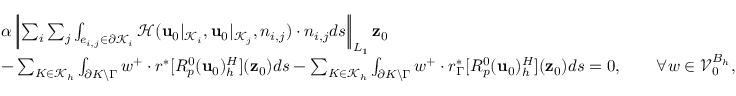
\begin{array} { r l } & { \alpha \left| \! \left| \sum _ { i } \sum _ { j } \int _ { e _ { i , j } \in \partial \mathcal { K } _ { i } } \mathcal { H } ( \mathbf { u } _ { 0 } | _ { \mathcal { K } _ { i } } , \mathbf { u } _ { 0 } | _ { \mathcal { K } _ { j } } , n _ { i , j } ) \cdot n _ { i , j } d s \right| \! \right| _ { L _ { 1 } } \mathbf { z } _ { 0 } } \\ & { - \sum _ { K \in \mathcal { K } _ { h } } \int _ { \partial K \backslash \Gamma } w ^ { + } \cdot r ^ { * } [ R _ { p } ^ { 0 } ( \mathbf { u } _ { 0 } ) _ { h } ^ { H } ] ( \mathbf { z } _ { 0 } ) d s - \sum _ { K \in \mathcal { K } _ { h } } \int _ { \partial K \backslash \Gamma } w ^ { + } \cdot r _ { \Gamma } ^ { * } [ R _ { p } ^ { 0 } ( \mathbf { u } _ { 0 } ) _ { h } ^ { H } ] ( \mathbf { z } _ { 0 } ) d s = 0 , \qquad \forall w \in \mathcal { V } _ { 0 } ^ { B _ { h } } , } \end{array}